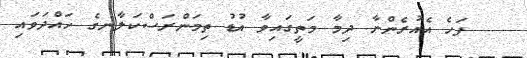
ފަހެ އެއުރެންނާ ދިމާ މަތީގައިވާ އުޑު ތިމަންރަސްކަލާނގެ ހައްދަވައި